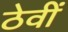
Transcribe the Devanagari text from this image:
ठेवीं